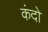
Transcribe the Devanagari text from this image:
कंदो